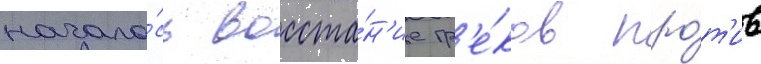
начало́сь восста́н'ие гр'е́ков про́т'ив